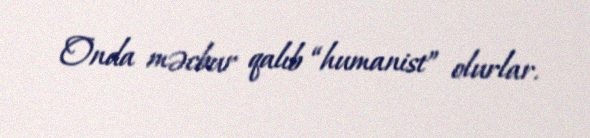
Onda məcbur qalıb “humanist” olurlar.